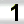
Digit: 1